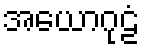
အယောဂုဠံ